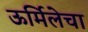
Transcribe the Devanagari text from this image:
ऊर्मिलेचा